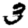
Digit: 3